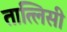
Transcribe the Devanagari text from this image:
तात्लिसी